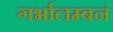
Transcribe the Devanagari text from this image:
गर्भालम्बनं